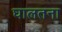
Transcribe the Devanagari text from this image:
घालतना